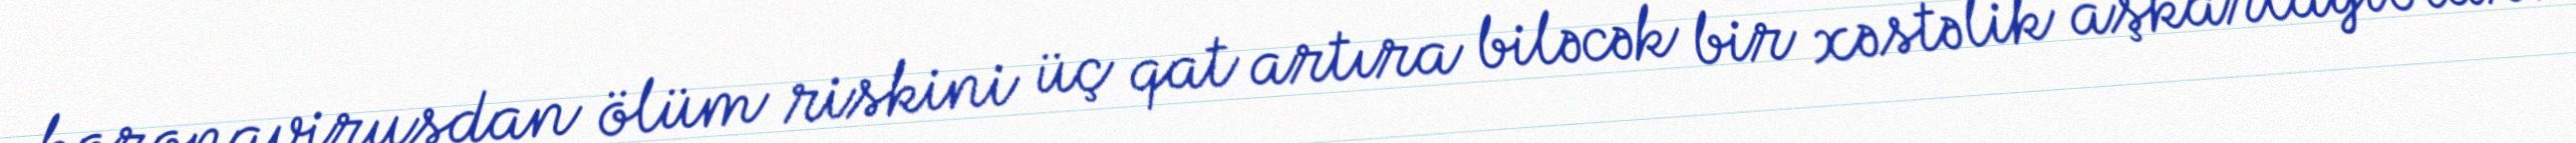
koronavirusdan ölüm riskini üç qat artıra biləcək bir xəstəlik aşkarlayıblar.